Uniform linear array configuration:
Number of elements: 24
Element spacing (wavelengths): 0.75
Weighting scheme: binomial
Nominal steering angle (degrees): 60
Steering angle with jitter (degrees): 60.505
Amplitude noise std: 0.05
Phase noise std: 0.05

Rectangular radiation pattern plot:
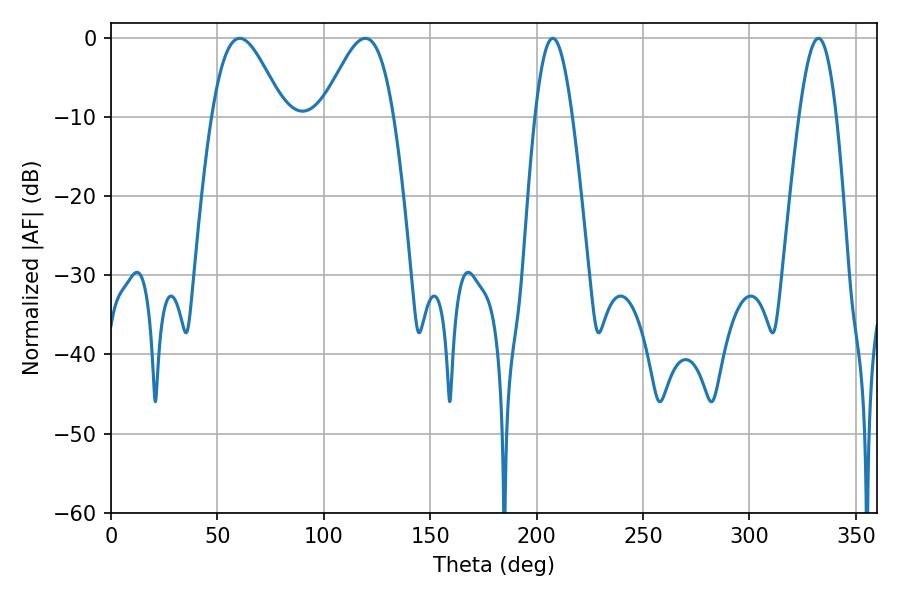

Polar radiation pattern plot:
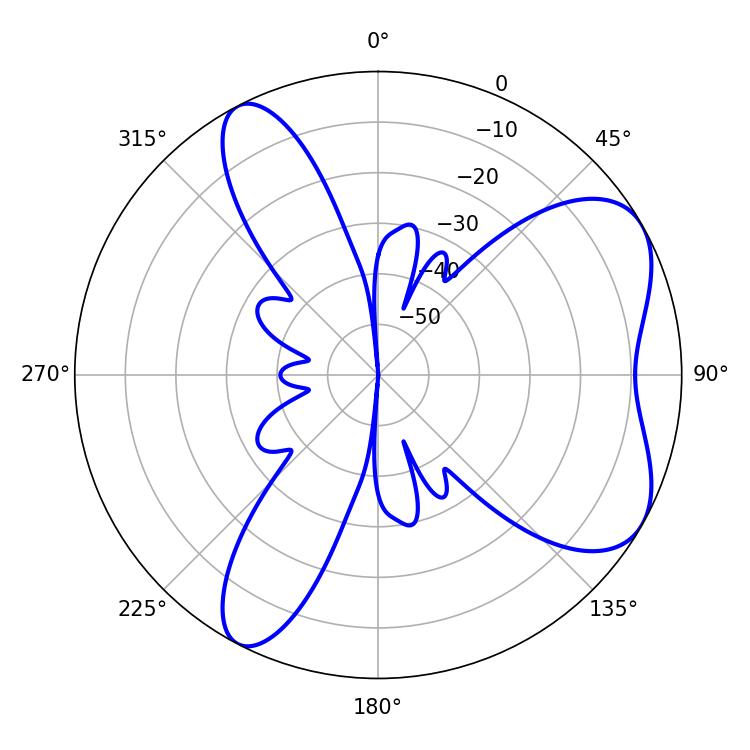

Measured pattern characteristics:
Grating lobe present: TRUE
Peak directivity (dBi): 6.283
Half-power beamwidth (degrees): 18
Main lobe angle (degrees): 60.48